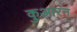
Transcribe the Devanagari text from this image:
कुआरन